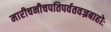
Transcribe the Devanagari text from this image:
मारीचनीचपतिपर्वतवज्रबाहोः